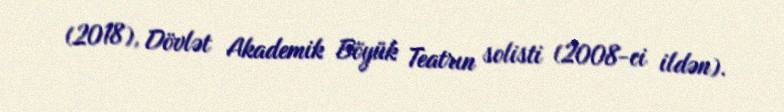
(2018), Dövlət Akademik Böyük Teatrın solisti (2008-ci ildən).